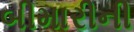
બીમારીની